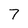
Character: 7